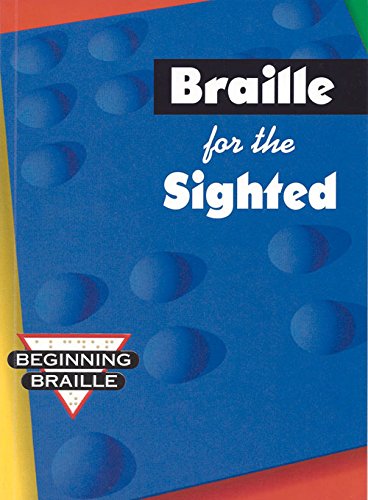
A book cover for Braille for the Sighted (Beginning Braille); Stan Collins; Reference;